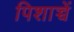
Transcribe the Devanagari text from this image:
पिशाच्चें